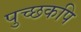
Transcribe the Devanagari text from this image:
पुच्छकपि